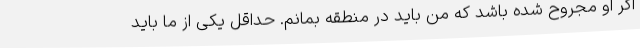
اگر او مجروح شده باشد که من باید در منطقه بمانم. حداقل یکی از ما باید